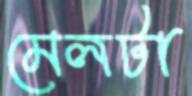
মেলটা